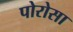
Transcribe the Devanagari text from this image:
पोरोसा